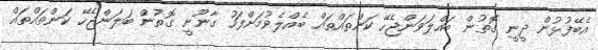
އެބޭފުޅުން ދީނީ ގޮތުން ބައްލަވަންޖެހޭ ކަންތައްތައް ބެއްލެވުމަށްފަހު ގާނޫނީ ގޮތުން ބަލަންޖެހޭ ކަންތައްތައް